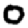
Digit: 0